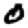
Digit: 0